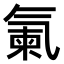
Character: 𣱨